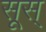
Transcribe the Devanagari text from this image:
सूस्